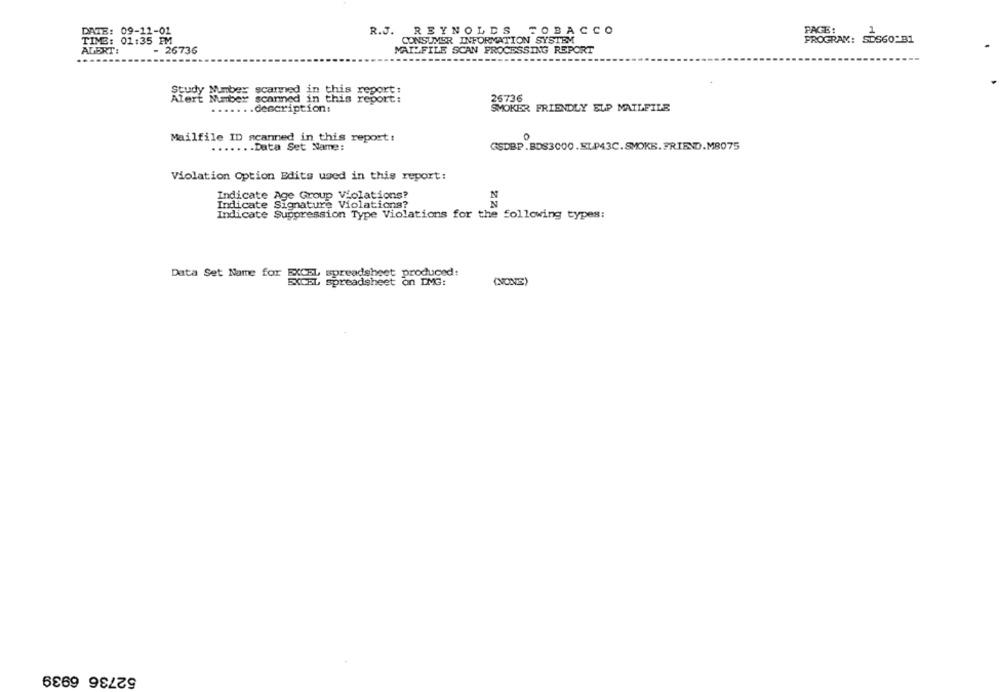
PAGE:
1
DATE: 09-11-01
R.J. REYNOLDS TOBACCO
TIME: 01:35 PM
CONSUMER INFORMATION SYSTEM
PROGRAM: SDS60-B1
MAILFILE SCAN PROCESSING REPORT
ALERT:
- 26736
Study Number scammed in this report:
Alert Number scanned in this report:
26736
....... description:
SMOKER FRIENDLY ELP MAILFILE
Mailfile ID scanned in this report:
.Data Set Name:
GSDBP.BDS3000.ELP43C.SMOKE. FRIEND.M8075
Violation Option Edits used in this report:
Indicate Age Group Violations?
N
N
Indicate Signature Violations?
Indicate Suppression Type Violations for the following types:
L spreadsheet produced:
Data Set Name for EXCEL
spreadsheet on DMG:
(NONE)
52736 6939